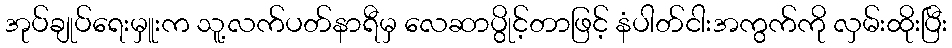
အုပ်ချုပ်ရေးမှူးက သူ့လက်ပတ်နာရီမှ လေဆာပွိုင့်တာဖြင့် နံပါတ်ငါးအကွက်ကို လှမ်းထိုးပြီး